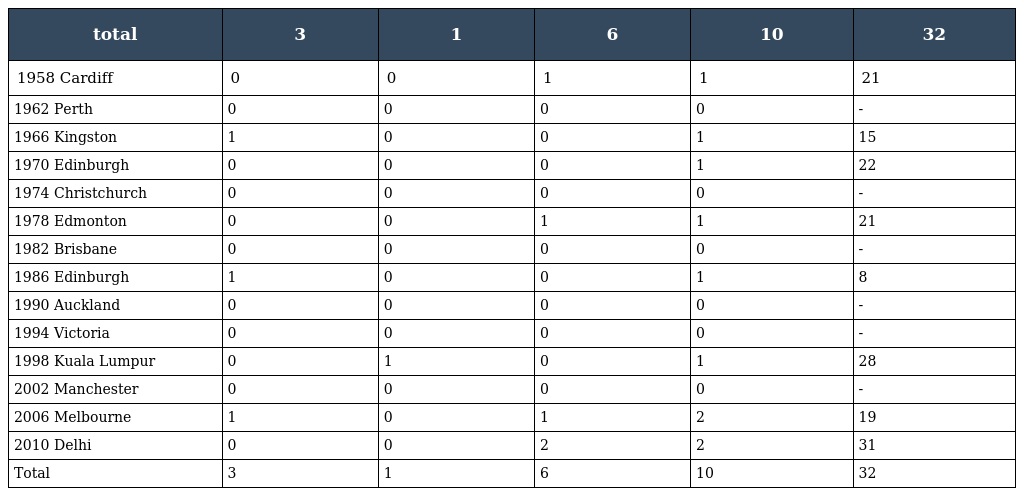
| total | 3 | 1 | 6 | 10 | 32 |
 | --- | --- | --- | --- | --- | --- |
 | 1958 Cardiff | 0 | 0 | 1 | 1 | 21 |
 | 1962 Perth | 0 | 0 | 0 | 0 | - |
 | 1966 Kingston | 1 | 0 | 0 | 1 | 15 |
 | 1970 Edinburgh | 0 | 0 | 0 | 1 | 22 |
 | 1974 Christchurch | 0 | 0 | 0 | 0 | - |
 | 1978 Edmonton | 0 | 0 | 1 | 1 | 21 |
 | 1982 Brisbane | 0 | 0 | 0 | 0 | - |
 | 1986 Edinburgh | 1 | 0 | 0 | 1 | 8 |
 | 1990 Auckland | 0 | 0 | 0 | 0 | - |
 | 1994 Victoria | 0 | 0 | 0 | 0 | - |
 | 1998 Kuala Lumpur | 0 | 1 | 0 | 1 | 28 |
 | 2002 Manchester | 0 | 0 | 0 | 0 | - |
 | 2006 Melbourne | 1 | 0 | 1 | 2 | 19 |
 | 2010 Delhi | 0 | 0 | 2 | 2 | 31 |
 | Total | 3 | 1 | 6 | 10 | 32 |